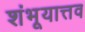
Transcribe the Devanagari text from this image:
शंभूयात्तव